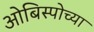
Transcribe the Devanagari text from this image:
ओबिस्पोच्या